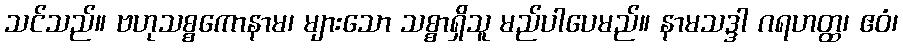
သင်သည်။ ဗဟုသစ္စကောနာမ၊ များသော သစ္စာရှိသူ မည်ပါပေမည်။ နာမသဒ္ဒါ ဂရဟတ္ထ၊ ဧဝံ၊